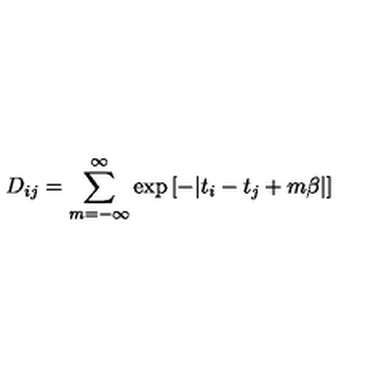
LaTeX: D _ { i j } = \sum _ { m = - \infty } ^ { \infty } \exp \left[ - | t _ { i } - t _ { j } + m \beta | \right]